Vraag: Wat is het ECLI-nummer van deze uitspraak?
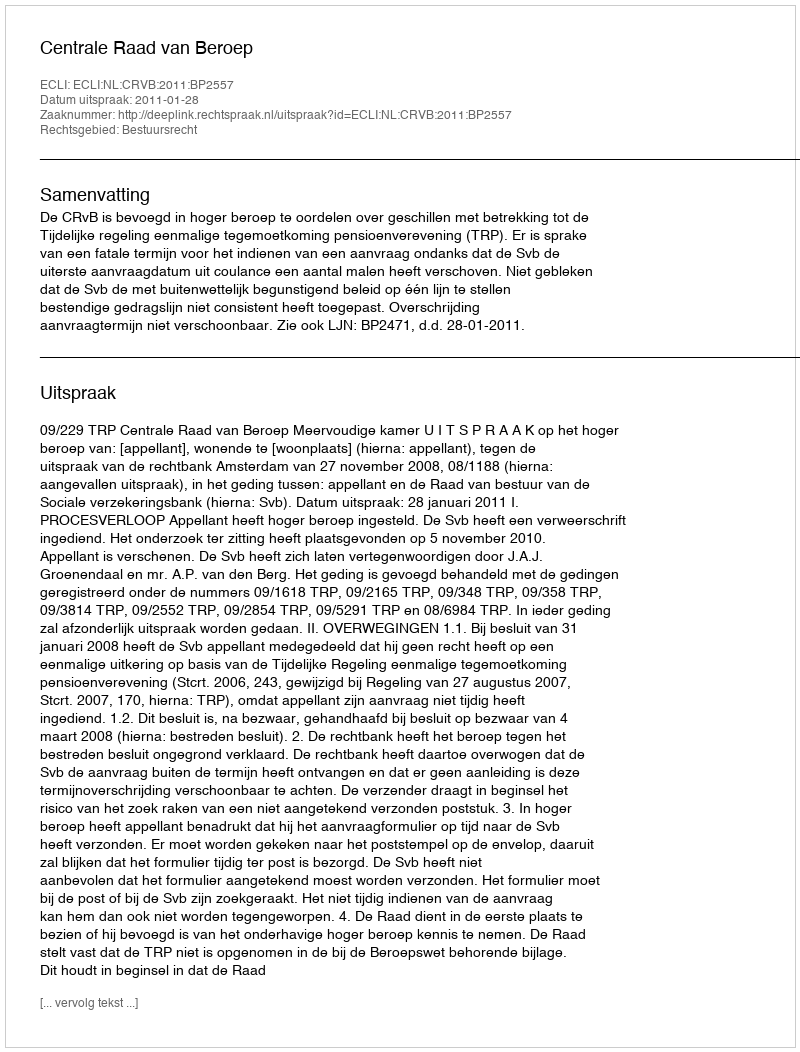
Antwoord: ECLI:NL:CRVB:2011:BP2557